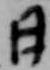
日